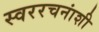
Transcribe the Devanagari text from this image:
स्वररचनांशी